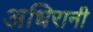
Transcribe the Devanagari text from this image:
अधिरानी